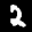
Label: 2